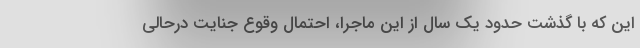
این که با گذشت حدود یک سال از این ماجرا، احتمال وقوع جنایت درحالی